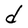
Character: d